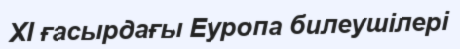
XI ғасырдағы Еуропа билеушілері